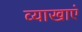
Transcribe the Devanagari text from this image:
व्याखाएं